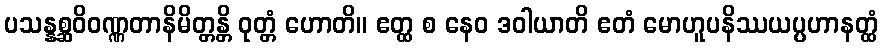
ပသန္နစ္ဆဝိဝဏ္ဏတာနိမိတ္တန္တိ ဝုတ္တံ ဟောတိ။ ဧတ္ထ စ နေဝ ဒဝါယာတိ ဧတံ မောဟူပနိဿယပ္ပဟာနတ္ထံ